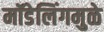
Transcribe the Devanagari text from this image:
मॉडेलिंगमुळे